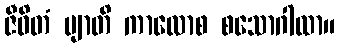
ဇီဝိတံ ဗျာတိ ကာလောစ စသောဂါထာ။